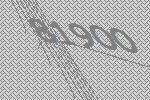
81900